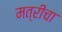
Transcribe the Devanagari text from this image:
मत्रीचा